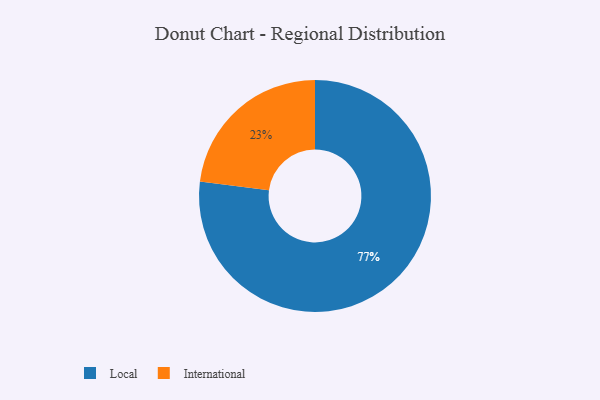
{"axis": {"x": "Category", "y": "Percentage"}, "legend": ["International", "Local"], "data": [{"x": "International", "y": 23, "type": "International"}, {"x": "Local", "y": 77, "type": "Local"}]}